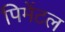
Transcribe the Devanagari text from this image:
पिमेंटल